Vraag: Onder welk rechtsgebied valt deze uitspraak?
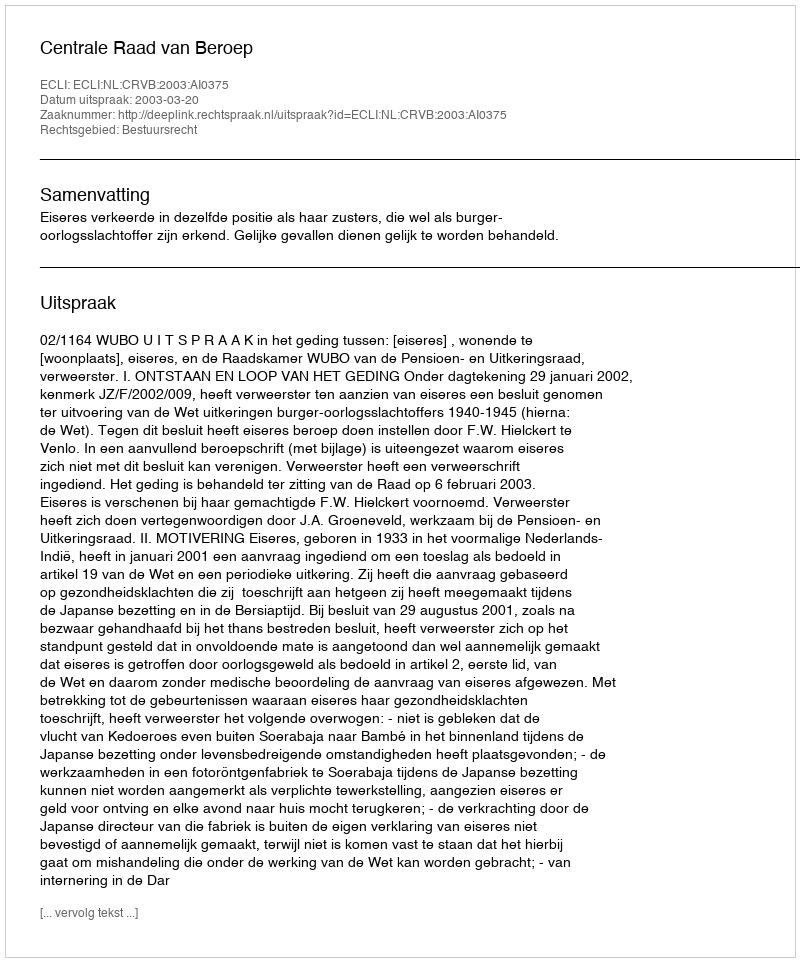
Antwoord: Bestuursrecht